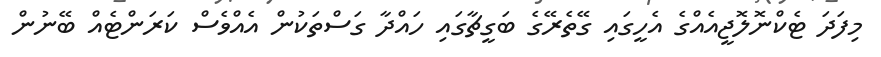
މިފަދަ ޓެކްނޮލޮޖީއެއްގެ އެހީގައި ގޭތެރޭގެ ބަގީޗާގައި ހައްދާ ގަސްތަކުން އެއްވެސް ކަރަންޓެއް ބޭނުން